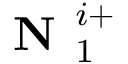
\textbf { N } _ { 1 } ^ { i + }